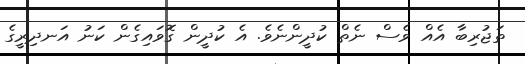
ތަޖުރިބާ އެއް ވެސް ނެތް ކުދީންނެވެ. އެ ކުދީން ގޮވައިގެން ކަނު އަނދިރީގެ